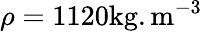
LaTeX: \rho=1120\mathrm{{kg}.\mathrm{{m}^{-3}}}